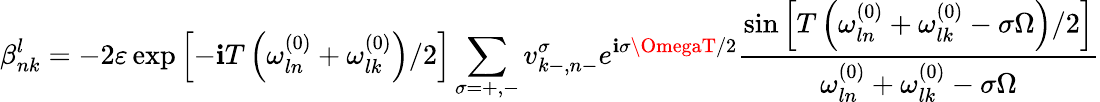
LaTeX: \beta_{nk}^{l}=-2\varepsilon\exp\left[-\mathbf{i}T\left(\omega_{ln}^{(0)}+\omega_{lk}^{(0)}\right)/2\right]\sum_{\sigma=+,-}v_{k-,n-}^{\sigma}e^{\mathbf{i}\sigma\OmegaT/2}\frac{{\sin\left[T\left(\omega_{ln}^{(0)}+\omega_{lk}^{(0)}-\sigma\Omega\right)/2\right]}}{{\omega_{ln}^{(0)}+\omega_{lk}^{(0)}-\sigma\Omega}}